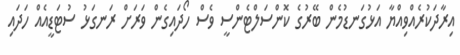
އިރާދަކުރެއްވިއްޔާ އަޅުގަނޑުމެން ބޭރުގެ ކޮންސަލްޓެންސީ ވެސް ހޯދައިގެން ވަރަށް ރަނގަޅު ސުޓަޑީއެއް ހަދައި